Lunatic asylums Punjab 1881-1894 - 1881-1894
Year: 1881
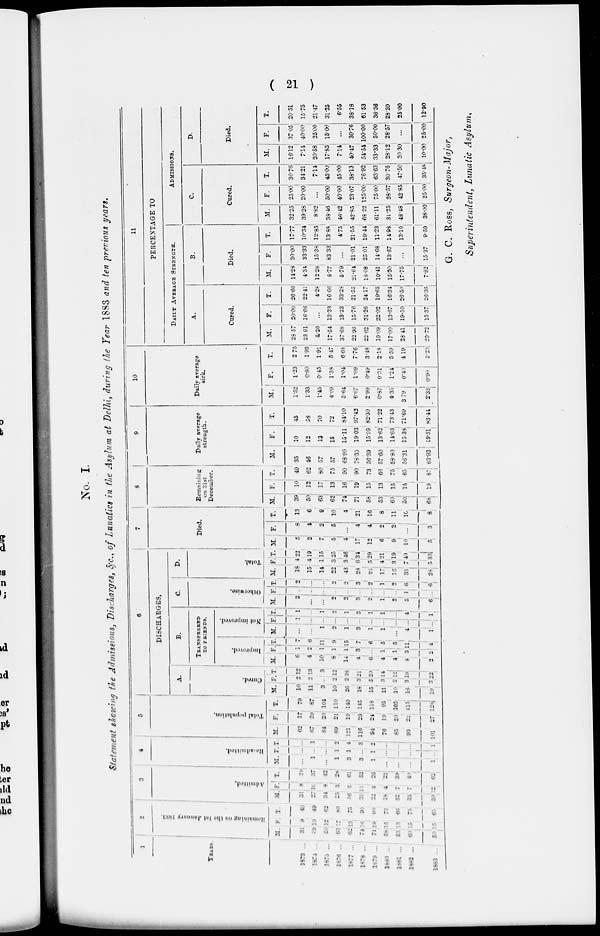
( 21 )
No. I.
Statement showing the Admissions, Discharges, &c., of Lunatics in the Asylum at Delhi, during the Year 1883 and ten previous years.
1
YEARS.
1873 ...
1874 ...
1875 ...
1876 ...
1877 ...
1878 ...
1879 ...
1880 ...
1881 ...
1882 ...
1883 ...
2
Remaining
on the 1st January 1883.
M.
31
39
50
63
62
74
71
58
53
60
50
F.
9
10
12
17
13
16
19
15
13
15
15
T.
40
49
62
80
75
90
90
73
66
75
65
3
Admitted.
M.
31
27
34
25
56
39
22
18
32
33
50
F.
8
10
8
3
5
13
4
4
7
7
12
T.
39
37
42
28
61
52
26
22
39
40
62
4
Re-admitted.
M.
...
1
...
1
3
3
1
...
...
...
1
F.
...
...
...
1
1
...
1
...
...
...
...
T.
...
1
...
2
4
3
2
...
...
...
1
5
Total population.
M.
62
67
84
89
121
116
94
76
85
93
101
F.
17
20
20
21
19
29
24
19
20
22
27
T.
79
87
104
110
140
145
118
95
105
115
128
6
DISCHARGES.
A.
Cured.
M.
10
11
3
10
26
18
15
11
10
16
19
F.
2
2
...
2
2
3
5
3
2
3
3
T.
12
13
3
12
28
21
20
14
12
19
22
B.
TRANSFERRED
TO FRIENDS.
Improved.
M.
6
4
10
8
14
4
6
4
4
8
2
--
1
2
1
1
1
3
...
1
1
3
2
T.
7
6
11
9
15
7
6
5
5
11
4
Not improved.
M.
...
...
1
2
1
3
1
1
...
4
1
F.
1
...
...
...
...
...
...
...
...
...
...
T.
1
...
1
2
1
3
1
1
...
4
1
C.
Otherwise.
M.
2
...
...
2
2
3
2
1
2
5
6
F.
...
...
...
...
...
..
...
...
...
1
...
T.
2
...
...
2
2
3
2
1
2
6
6
D.
Total.
M.
18
15
14
22
43
28
24
17
16
33
28
F.
4
4
1
3
3
6
5
4
3
7
5
T.
22
19
15
25
46
34
29
21
19
40
33
7
Died.
M.
5
2
7
5
4
17
12
6
9
10
5
F.
8
4
2
5
...
4
4
2
2
...
3
T.
13
6
9
10
4
21
16
8
11
10
8
8
Remaining
on 31st
December.
M.
39
50
63
62
74
71
58
53
60
50
68
F.
10
12
17
13
16
19
15
13
15
15
19
T.
49
62
80
75
90
90
73
66
75
65
87
9
Daily average
strength.
M.
35
46
57
57
68.99
78.39
56.39
57.60
58.80
56.31
63.93
F.
10
12
13
15
15.11
19.03
15.99
13.62
14.63
15.38
19.51
T.
45
58
70
72
84.10
97.43
82.30
71.22
73.43
71.69
83.44
10
Daily average
sick.
M.
1.52
1.33
1.45
4.09
5.64
6.67
2.99
0.87
4.35
3.79
2.33
F.
1.23
0.60
0.45
1.38
1.04
1.09
0.49
0.31
1.24
0.40
0.90
T.
2.75
1.93
1.91
5.47
6.68
7.76
3.48
2.18
5.59
4.19
3.23
11
PERCENTAGE TO
DAILY AVERAGE STRENGTH.
A.
Cured.
M.
28.57
23.91
5.26
17.54
37.68
22.96
22.62
19.09
17.00
28.41
29.72
F.
20.00
16.66
...
13.33
13.23
15.76
31.26
22.02
13.67
19.50
15.37
T.
26.66
22.41
4.28
16.66
33.28
21.55
24.17
19.65
16.34
26.50
26.36
B.
Died.
M.
14.28
4.34
12.28
8.77
5.79
21.64
18.08
10.41
15.30
17.75
7.82
F.
30.00
33.33
15.38
83.33
...
21.01
25.01
14.68
13.67
...
15.37
T.
17.77
10.34
12.85
13.88
4.75
21.55
19.44
11.23
14.98
13.10
9.59
ADMISSIONS.
C.
Cured.
M.
32.25
39.28
8.82
38.46
46.42
42.85
68.22
61.11
31.25
48.48
38.00
F.
25.00
20.00
...
50.00
40.00
23.07
125.00
75.00
28.57
42.85
25.00
T.
30.76
34.21
7.14
45.00
45.00
38.13
76.92
63.63
30.76
47.50
35.48
D.
Died.
M.
16.12
7.14
20.58
17.85
7.14
40.47
54.54
33.33
28.12
30.30
10.00
F.
37.05
40.00
25.00
15.00
...
30.76
100.00
50.00
28.57
...
25.00
T.
20.51
15.75
21.47
31.25
6.55
38.18
61.53
36.36
28.20
25.00
12.90
G. C. Ross, Surgeon-Major,
Superintendent, Lunatic Asylum.